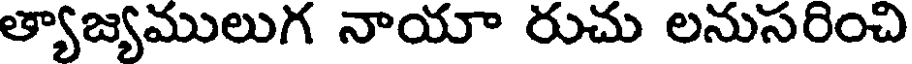
త్యాజ్యములుగ నాయా రుచు లనుసరించి